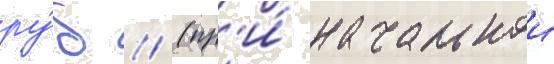
ру́б // (пр'и́ начальнои